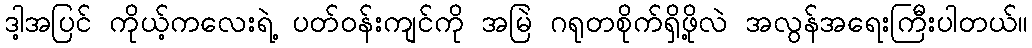
ဒါ့အပြင် ကိုယ့်ကလေးရဲ့ ပတ်ဝန်းကျင်ကို အမြဲ ဂရုတစိုက်ရှိဖို့လဲ အလွန်အရေးကြီးပါတယ်။